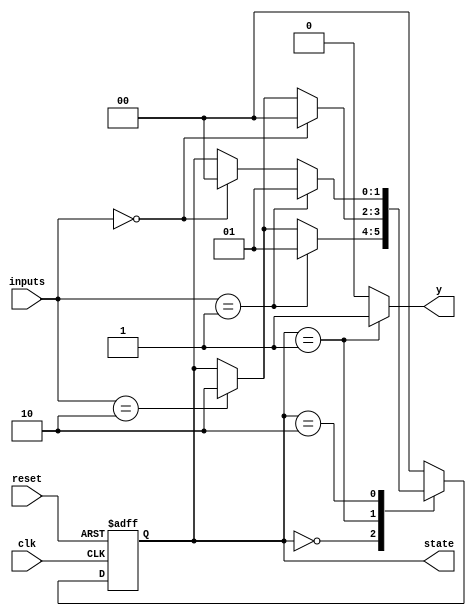
module moore_state_machine (
    input wire clk,       // Clock input
    input wire reset,     // Asynchronous reset input
    input wire [1:0] inputs, // Input signals to determine state transitions
    output reg [1:0] state,     // Current state output
    output reg y         // Output signal based on the current state
);

    // State Declaration
    localparam S0 = 2'b00; // State S0
    localparam S1 = 2'b01; // State S1
    localparam S2 = 2'b10; // State S2
    
    // State Register
    always @(posedge clk or posedge reset) begin
        if (reset) begin
            state <= S0; // Initialize to S0 on reset
        end else begin
            case (state)
                S0: if (inputs == 2'b01) state <= S1;   // Transition from S0 to S1 on input 01
                     else if (inputs == 2'b10) state <= S2; // Transition from S0 to S2 on input 10
                S1: if (inputs == 2'b00) state <= S0;   // Transition from S1 to S0 on input 00
                     else if (inputs == 2'b10) state <= S2; // Transition from S1 to S2 on input 10
                S2: if (inputs == 2'b01) state <= S1;   // Transition from S2 to S1 on input 01
                     else if (inputs == 2'b00) state <= S0; // Transition from S2 to S0 on input 00
                default: state <= S0; // Default state
            endcase
        end
    end

    // Output Logic
    always @(*) begin
        case (state)
            S0: y = 1'b0; // Output 0 in state S0
            S1: y = 1'b1; // Output 1 in state S1
            S2: y = 1'b0; // Output 0 in state S2
            default: y = 1'b0; // Default output
        endcase
    end

endmodule